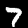
Digit: 7